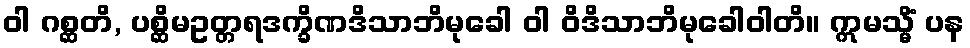
ဝါ ဂစ္ဆတိ, ပစ္ဆိမဥတ္တရဒက္ခိဏဒိသာဘိမုခေါ ဝါ ဝိဒိသာဘိမုခေါဝါတိ။ ဣမသ္မိံ ပန